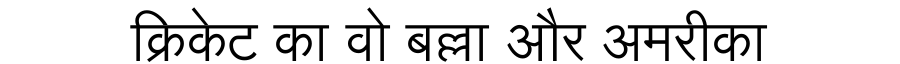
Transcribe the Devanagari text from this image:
क्रिकेट का वो बल्ला और अमरीका